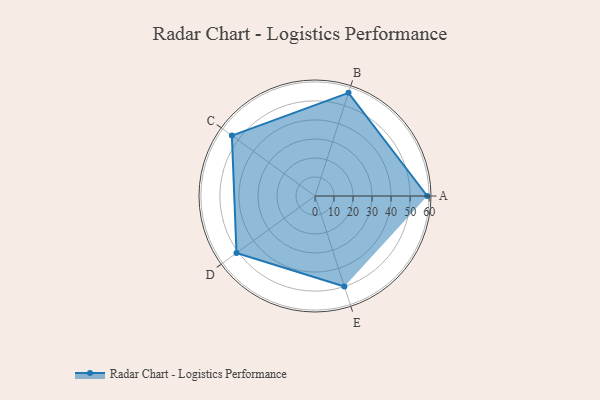
{"axis": {"x": "Skill", "y": "Score"}, "legend": ["Profile"], "data": [{"x": "A", "y": 59.0, "type": "Profile"}, {"x": "B", "y": 57.0, "type": "Profile"}, {"x": "C", "y": 54.0, "type": "Profile"}, {"x": "D", "y": 51.0, "type": "Profile"}, {"x": "E", "y": 50.0, "type": "Profile"}]}